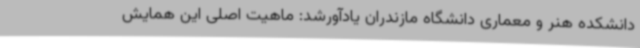
دانشکده هنر و معماری دانشگاه مازندران یادآورشد: ماهیت اصلی این همایش